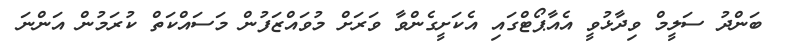
ބަންދު ސަލީމް ވިދާޅުވީ އެއާޕޯޓްގައި އެކަށީގެންވާ ވަރަށް މުވައްޒަފުން މަސައްކަތް ކުރަމުން އަންނަ